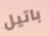
باتيل